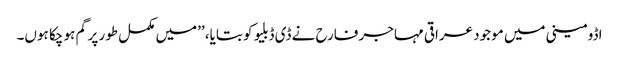
اڈومینی میں موجود عراقی مہاجر فارح نے ڈی ڈبلیو کو بتایا، ’’میں مکمل طور پر گم ہو چکا ہوں۔